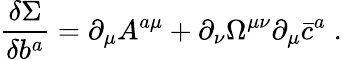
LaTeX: \frac{\delta\Sigma}{\delta b^{a}}=\partial_{\mu}A^{a\mu}+\partial_{\nu}\Omega^{\mu\nu}\partial_{\mu}\bar{c}^{a}\; .